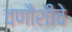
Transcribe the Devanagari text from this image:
वणौशीचे